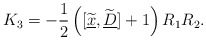
\begin{align*} K_3=-\frac{1}{2}\left([\widetilde{\underline{x}},\widetilde{\underline{D}}]+1\right)R_1R_2.\end{align*}